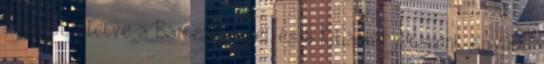
Zippoval, illetve a Barbears-szel és a Kiliannal játszunk együtt.